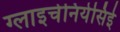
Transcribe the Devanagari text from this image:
ग्लाइचेनियेसिई